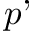
p ’